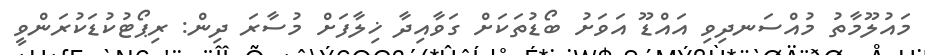
މައުލޫމާތު މުއްސަނދިވި އައްޑޫ އަވަށު ބޯޑުތަކަށް ގަވާއިދާ ޚިލާފަށް މުސާރަ ދިން: ރިޕޯޓުކުޑަކުރަންވީ